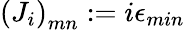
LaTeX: \left(J_{i}\right)_{mn}:=i\epsilon_{min}